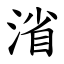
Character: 渻